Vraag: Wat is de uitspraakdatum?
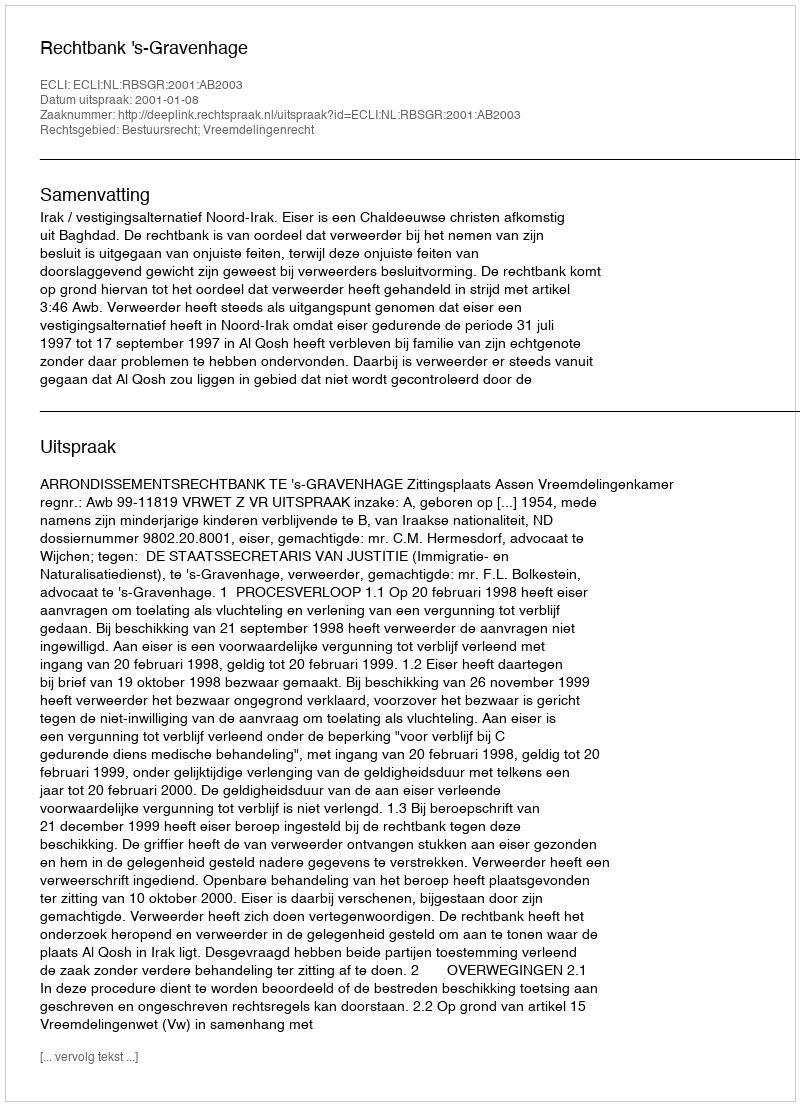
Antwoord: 2001-01-08